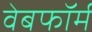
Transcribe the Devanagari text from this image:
वेबफॉर्म